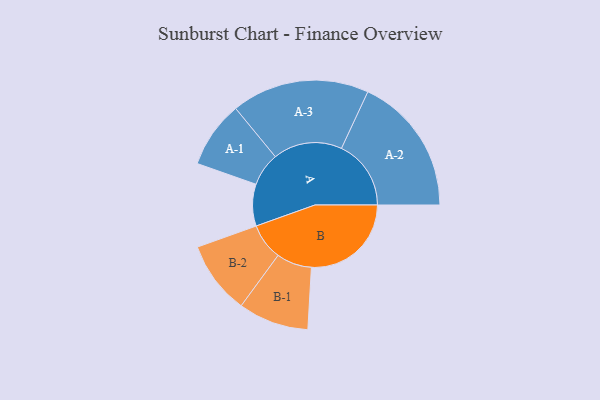
{"axis": {"x": "Segment", "y": "Value"}, "legend": ["", "A", "B"], "data": [{"x": "A", "y": 134, "type": ""}, {"x": "B", "y": 320, "type": ""}, {"x": "A-1", "y": 107, "type": "A"}, {"x": "A-2", "y": 223, "type": "A"}, {"x": "A-3", "y": 221, "type": "A"}, {"x": "B-1", "y": 113, "type": "B"}, {"x": "B-2", "y": 117, "type": "B"}]}